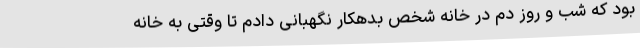
بود که شب و روز دم در خانه شخص بدهکار نگهبانی دادم تا وقتی به خانه